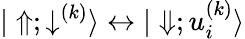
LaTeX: {|\Uparrow;\downarrow^{(k)}\rangle\leftrightarrow|\Downarrow;u_{i}^{(k)}\rangle}